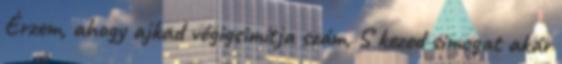
Érzem, ahogy ajkad végigsimítja szám, S kezed simogat akár